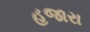
હજારા